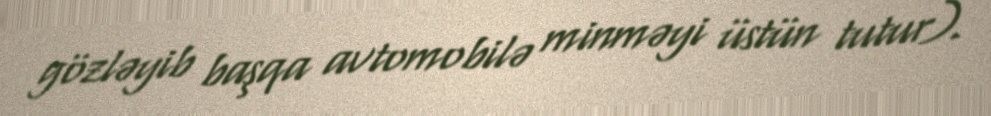
gözləyib başqa avtomobilə minməyi üstün tutur).